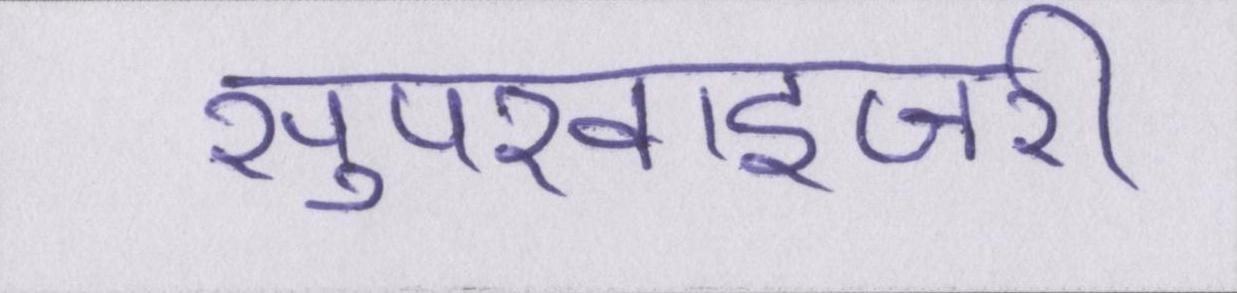
सुपरवाइजरी